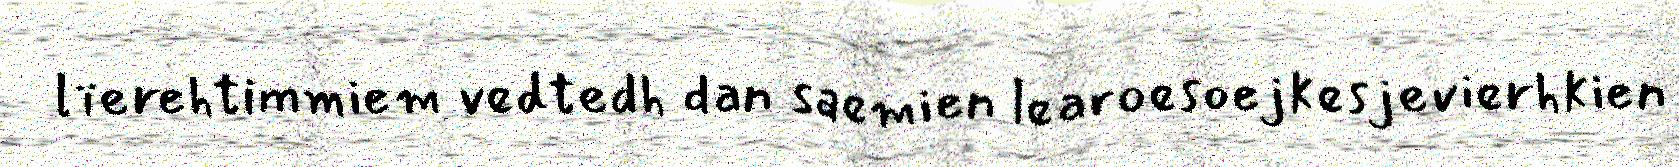
lïerehtimmiem vedtedh dan saemien learoesoejkesjevierhkien